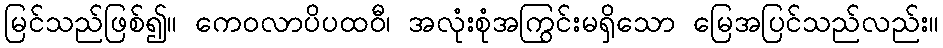
မြင်သည်ဖြစ်၍။ ကေဝလာပိပထဝီ၊ အလုံးစုံအကြွင်းမရှိသော မြေအပြင်သည်လည်း။